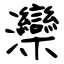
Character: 灤